Annual report on the Civil Veterinary Department, Burma (including the Insein Veterinary School) - 1923-1931
Year: 1923
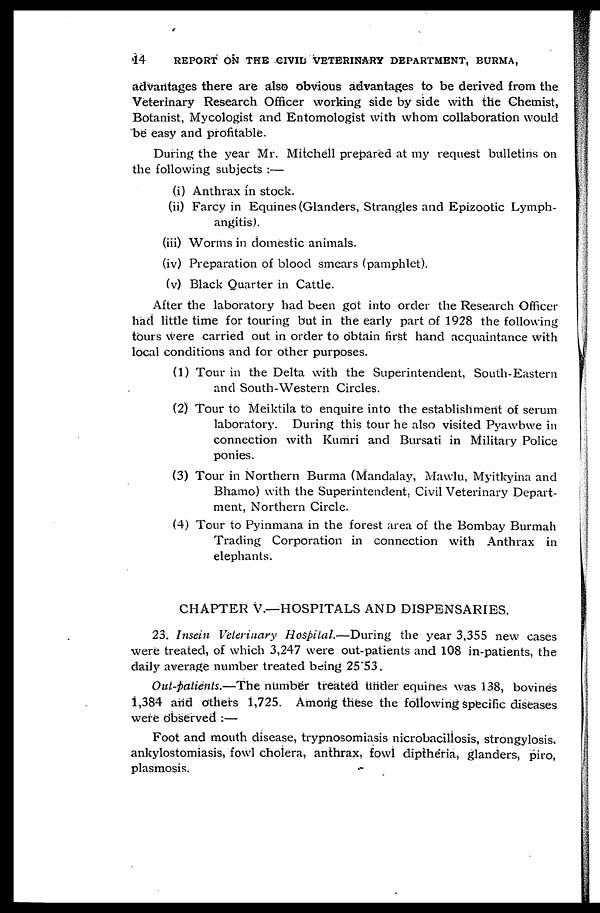
14
REPORT ON THE CIVIL VETERINARY DEPARTMENT, BURMA,
advaritages there are also obvious advantages to be derived from the
Veterinary Research Officer working side by side with the Chemist,
Botanist, Mycologist and Entomologist with whom collaboration would
be easy and profitable.
During the year Mr. Mitchell prepared at my request bulletins on
the following subjects :—
(i) Anthrax in stock.
(ii) Farcy in Equines (Glanders, Strangles and Epizootic Lymph-
angitis).
(iii) Worms in domestic animals.
(iv) Preparation of blood smears (pamphlet).
(v) Black Quarter in Cattle.
After the laboratory had been got into order the Research Officer
had little time for touring but in the early part of 1928 the following
tours were carried out in order to obtain first hand acquaintance with
local conditions and for other purposes.
(1) Tour in the Delta with the Superintendent, South-Eastern
and South-Western Circles.
(2) Tour to Meiktila to enquire into the establishment of serum
laboratory. During this tour he also visited Pyawbwe in
connection with Kumri and Bursati in Military Police
ponies.
(3) Tour in Northern Burma (Mandalay, Mawlu, Myitkyina and
Bhamo) with the Superintendent, Civil Veterinary Depart-
ment, Northern Circle.
(4) Tour to Pyinmana in the forest area of the Bombay Burmah
Trading Corporation in connection with Anthrax in
elephants.
CHAPTER V.—HOSPITALS AND DISPENSARIES.
23. Insein Veterinary Hospital.—During the year 3,355 new cases
were treated, of which 3,247 were out-patients and 108 in-patients, the
daily average number treated being 25.53.
Out-patients.—The number treated under equines was 138, bovines
1,384 and others 1,725. Among these the following specific diseases
were observed :—
Foot and mouth disease, trypnosomiasis nicrobacillosis, strongylosis,
ankylostomiasis, fowl cholera, anthrax, fowl diptheria, glanders, piro,
plasmosis.